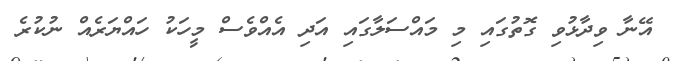
އޭނާ ވިދާޅުވި ގޮތުގައި މި މައްސަލާގައި އަދި އެއްވެސް މީހަކު ހައްޔަރެއް ނުކުރެ